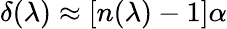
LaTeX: \delta(\lambda)\approx[n(\lambda)-1]\alpha